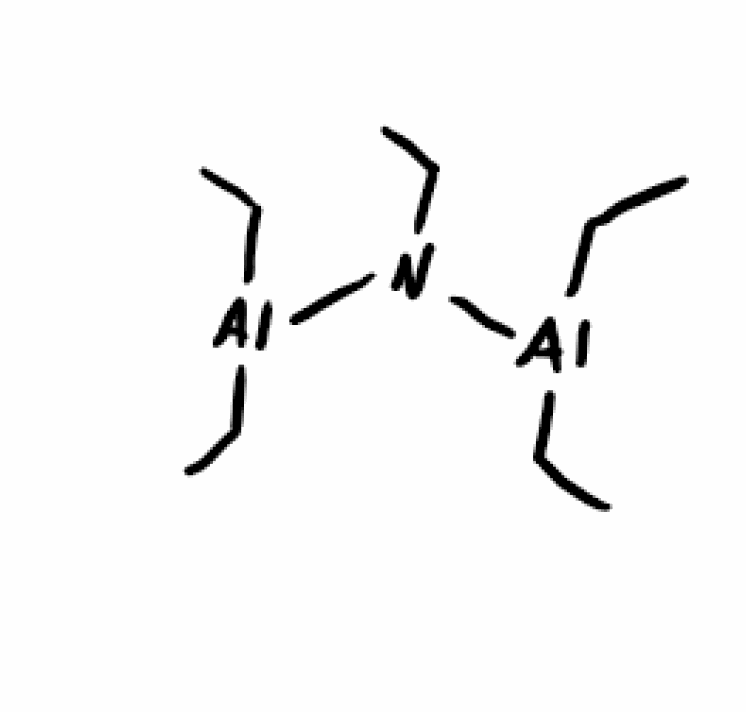
Simplified molecular-input line-entry system (SMILES) notation of the given molecule:
CCN([Al](CC)CC)[Al](CC)CC